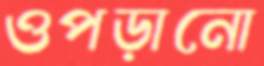
ওপড়ানো